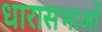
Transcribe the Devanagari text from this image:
धारासभाओं